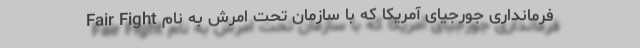
فرمانداری جورجیای آمریکا که با سازمان تحت امرش به نام Fair Fight